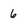
Character: 6